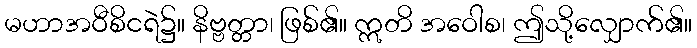
မဟာအဝီစိငရဲ၌။ နိဗ္ဗတ္တာ၊ ဖြစ်၏။ ဣတိ အဝေါစ၊ ဤသို့လျှောက်၏။